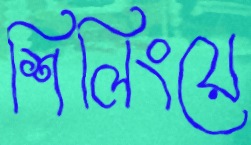
শিলিংয়ে